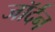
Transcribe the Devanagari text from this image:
जॉर्दन